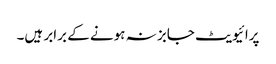
پرائیویٹ جابز نہ ہونے کے برابر ہیں۔